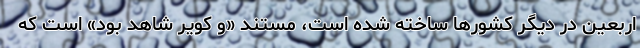
اربعین در دیگر کشورها ساخته شده است، مستند «و کویر شاهد بود» است که